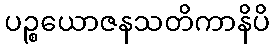
ပဉ္စယောဇနသတိကာနိပိ